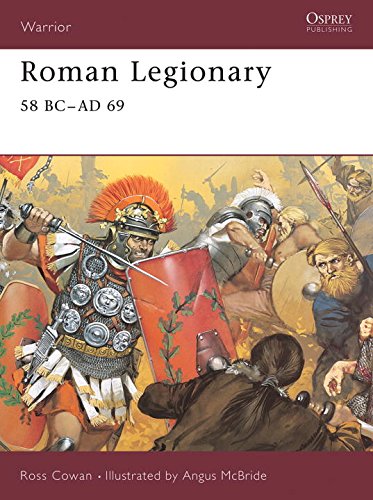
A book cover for Roman Legionary 58 BC-AD 69; Ross Cowan; History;